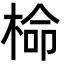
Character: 椧